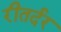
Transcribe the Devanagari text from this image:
रीतर्दर